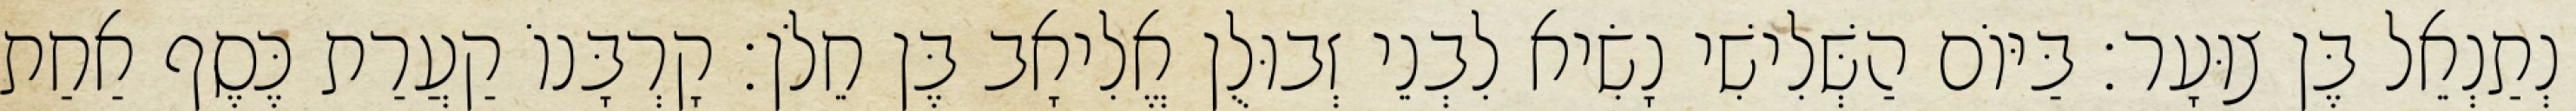
נְתַנְאֵל בֶּן צוּעָר׃ בַּיּוֹם הַשְּׁלִישִׁי נָשִׂיא לִבְנֵי זְבוּלֻן אֱלִיאָב בֶּן חֵלֹן׃ קָרְבָּנוֹ קַעֲרַת כֶּסֶף אַחַת